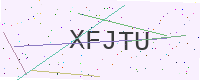
Text: XFJTU